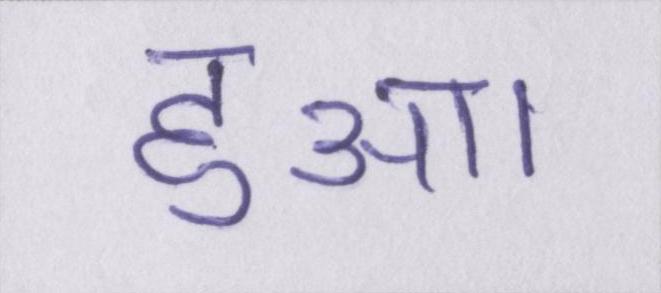
हुआ।